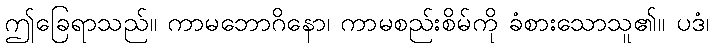
ဤခြေရာသည်။ ကာမဘောဂိနော၊ ကာမစည်းစိမ်ကို ခံစားသောသူ၏။ ပဒံ၊